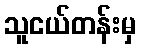
သူငယ်တန်းမှ